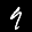
Label: 9